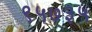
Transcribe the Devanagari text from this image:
९५७३५